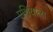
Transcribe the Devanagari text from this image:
एशियाला